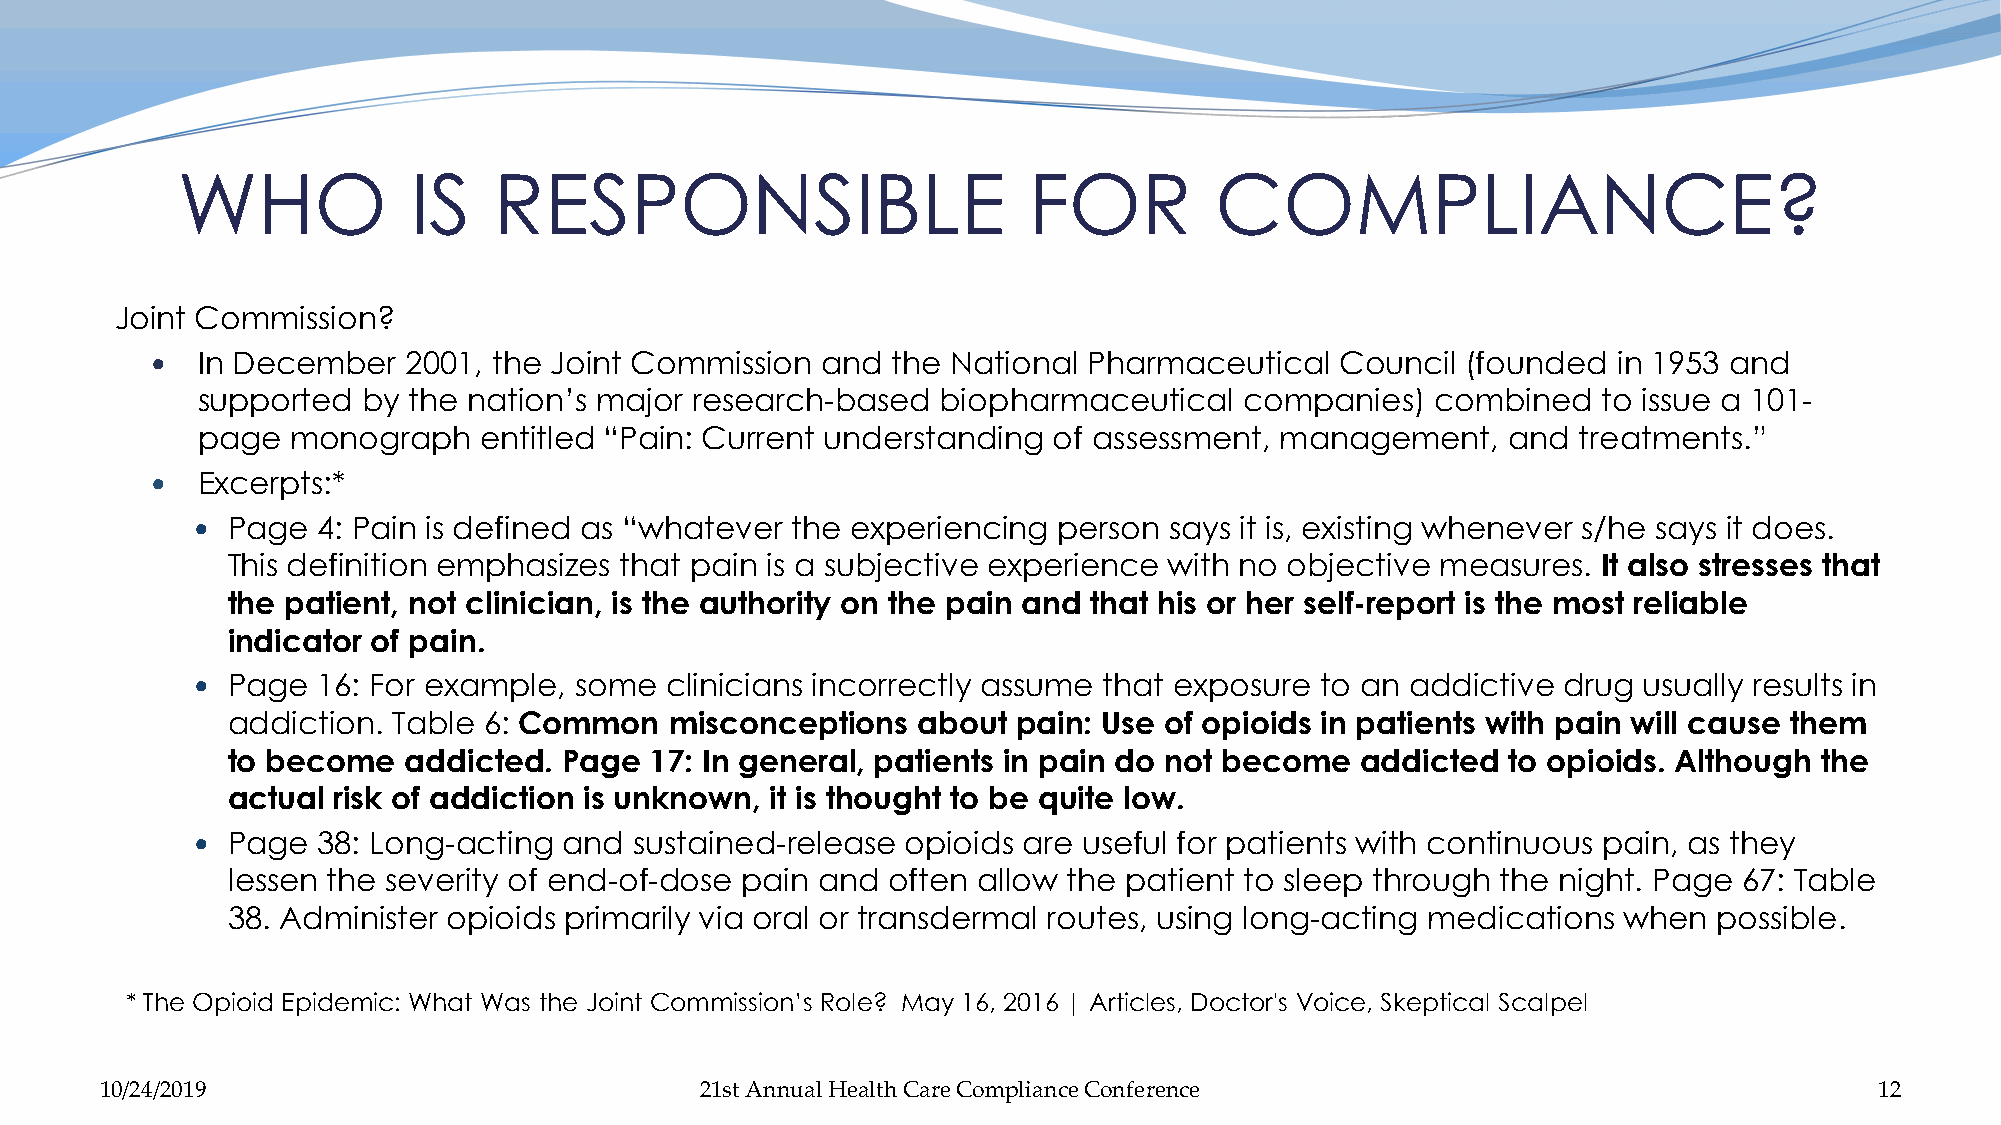
WHO            IS    RESPONSIBLE                        FOR         COMPLIANCE?
 Joint Commission?
   In December   2001, the Joint Commission and  the National Pharmaceutical   Council (founded  in 1953 and
 supported  by the nation’s major research-based  biopharmaceutical   companies)   combined   to issue a 101-
 page  monograph    entitled “Pain: Current understanding of assessment, management,    and treatments.”
   Excerpts:*
  Page  4: Pain is defined as “whatever the experiencing person says it is, existing whenever s/he says it does.
 This definition emphasizes that pain is a subjective experience with no objective measures. It also stresses that
 the patient, not clinician, is the authority on the pain and that his or her self-report is the most reliable
 indicator of pain.
  Page  16: For example, some  clinicians incorrectly assume that exposure to an addictive drug usually results in
 addiction. Table 6: Common   misconceptions   about pain: Use of opioids in patients with pain will cause them
 to become   addicted. Page  17: In general, patients in pain do not become addicted  to opioids. Although the
 actual risk of addiction is unknown, it is thought to be quite low.
  Page  38: Long-acting and  sustained-release opioids are useful for patients with continuous pain, as they
 lessen the severity of end-of-dose pain and often allow the patient to sleep through the night. Page 67: Table
 38. Administer opioids primarily via oral or transdermal routes, using long-acting medications when possible.
 * The Opioid Epidemic: What Was the Joint Commission’s Role? May 16, 2016 | Articles, Doctor's Voice, Skeptical Scalpel
 10/24/2019                             21st Annual Health Care Compliance Conference                                 12